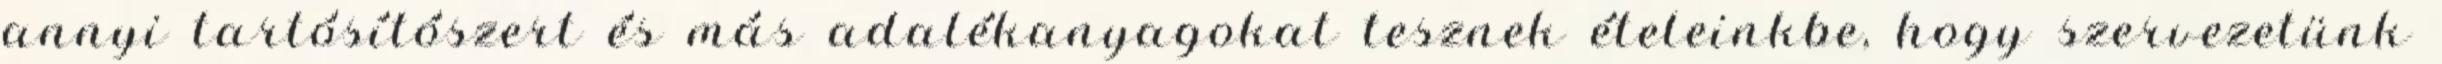
annyi tartósítószert és más adalékanyagokat tesznek ételeinkbe, hogy szervezetünk